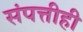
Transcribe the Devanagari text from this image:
संपत्तीही